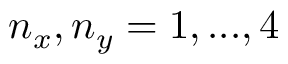
n _ { x } , n _ { y } = 1 , . . . , 4